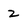
Character: 2